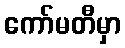
ကော်မတီမှာ